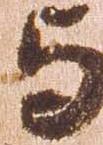
与